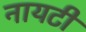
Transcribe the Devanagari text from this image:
नायटी